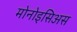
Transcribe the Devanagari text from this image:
मोनोइसिअस